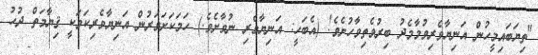
"ތިޔަބައިމީހުން އަނިޔާވެރިވުމާމެދު ބިރުވެތިވާހުށެވެ! (އެބަހީ: އަނިޔާވެރި ނުވާށެވެ.) ހަމަކަށަވަރުން އަނިޔާވެރިކަމަކީ ޤިޔާމަތް ދުހު